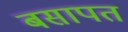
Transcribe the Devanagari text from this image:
बसापत